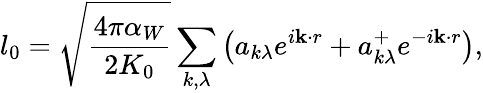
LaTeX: l_{0}=\sqrt{\frac{4\pi\alpha_{W}}{2K_{0}}}\sum_{k,\lambda}\left(a_{k\lambda}e^{i{\mathbf k\cdot r}}+a_{k\lambda}^{+}e^{-i{\mathbf k\cdot r}}\right),